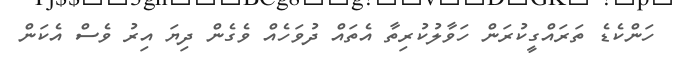
ހަންކެޑެ ތަރައްގީކުރަން ހަވާލުކުރިތާ އެތައް ދުވަހެއް ވެގެން ދިޔަ އިރު ވެސް އެކަން